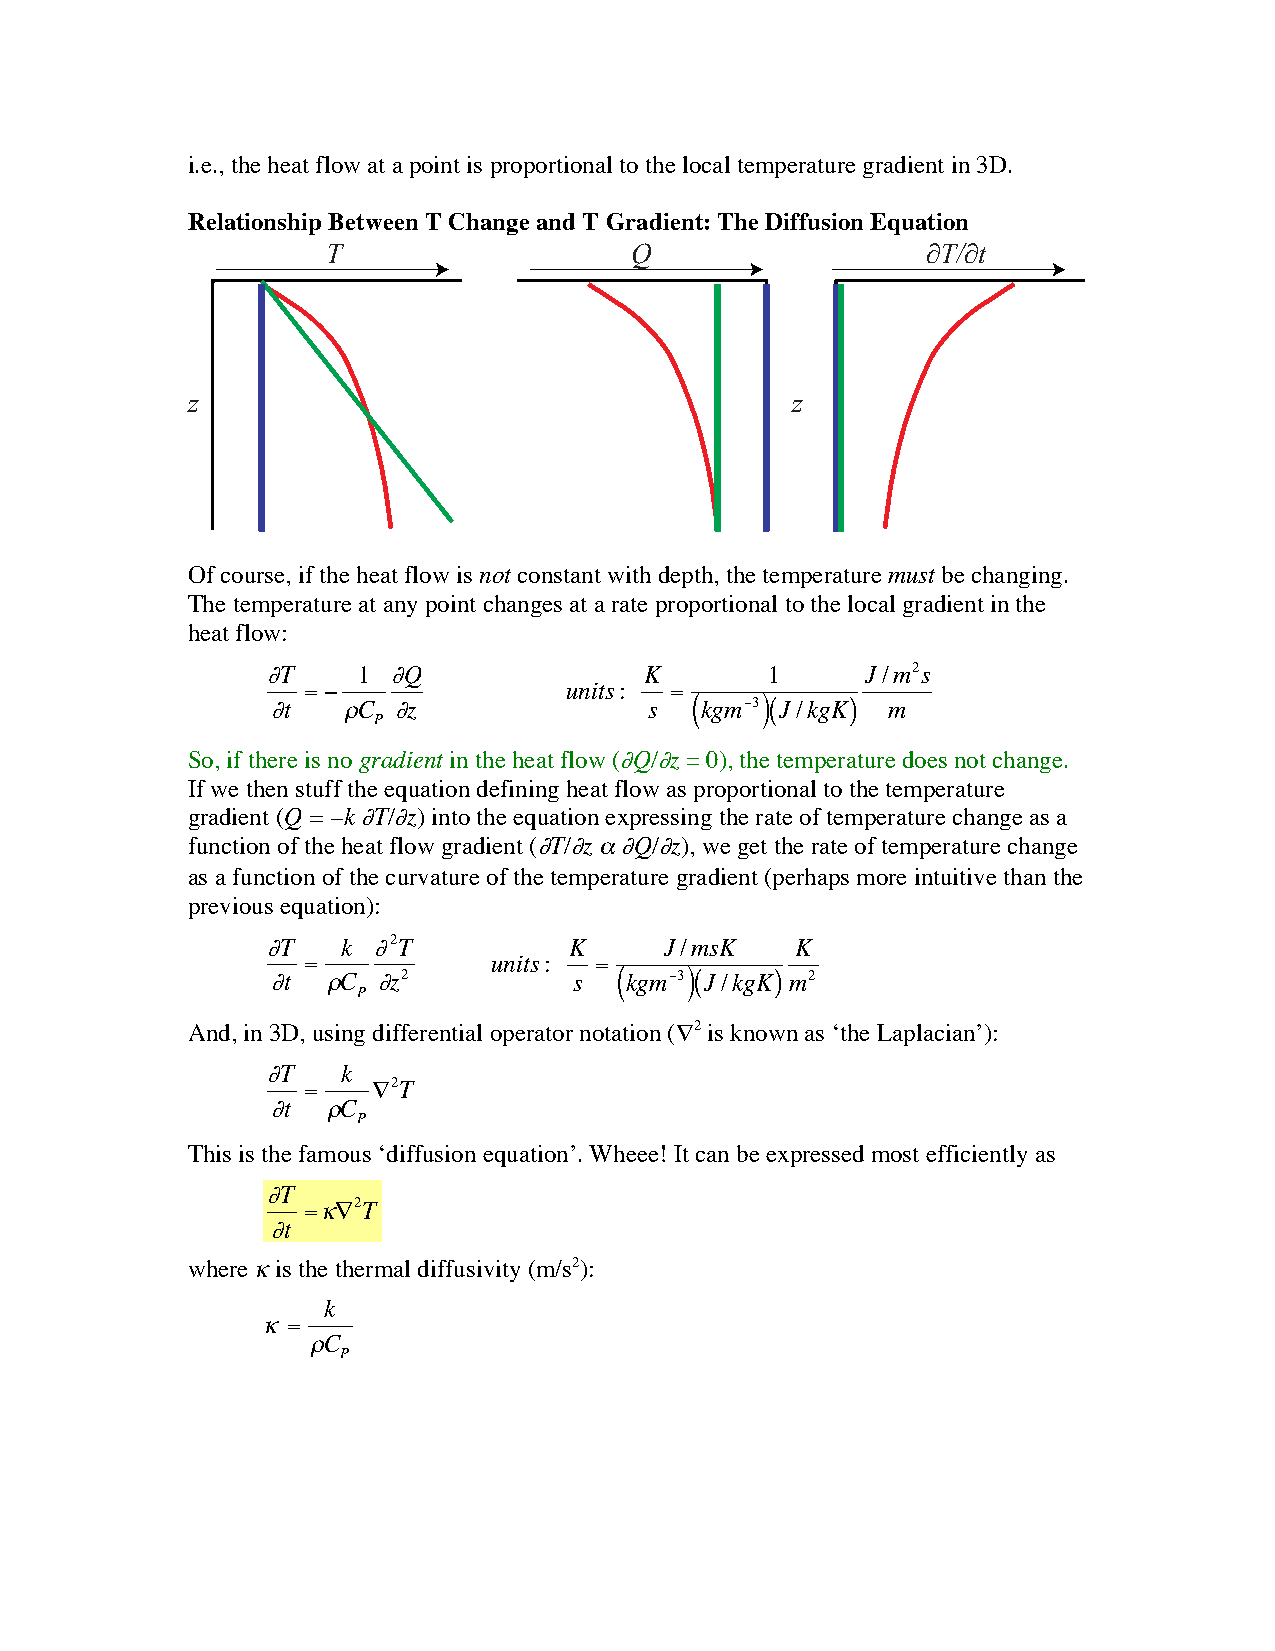
i.e., the heat flow at a point is proportional to the local temperature gradient in 3D.
 Relationship Between T Change and T Gradient: The Diffusion Equation
 T                   Q                  ∂T/∂t
 z                                       z
 Of course, if the heat flow is not constant with depth, the temperature must be changing.
 The temperature at any point changes at a rate proportional to the local gradient in the
 heat flow:
 ∂T    1 ∂Q               K       1     J/m2s
 = −              units: =
 ∂t   ρC ∂z               s  (kgm−3)(J/kgK) m
 P
 So, if there is no gradient in the heat flow (∂Q/∂z = 0), the temperature does not change.
 If we then stuff the equation defining heat flow as proportional to the temperature
 gradient (Q = –k ∂T/∂z) into the equation expressing the rate of temperature change as a
 function of the heat flow gradient (∂T/∂z α ∂Q/∂z), we get the rate of temperature change
 as a function of the curvature of the temperature gradient (perhaps more intuitive than the
 previous equation):
 ∂T   k ∂2T          K     J/msK    K
 =           units: =
 ∂t  ρC ∂z2          s  (kgm−3)(J/kgK) m2
 P
 And, in 3D, using differential operator notation (∇2 is known as ‘the Laplacian’):
 ∂T   k
 =    ∇2T
 ∂t  ρC
 P
 This is the famous ‘diffusion equation’. Wheee! It can be expressed most efficiently as
 ∂T
 =κ∇2T
 ∂t
 where κ is the thermal diffusivity (m/s2):
 k
 κ=
 ρC
 P